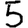
Digit: 5